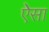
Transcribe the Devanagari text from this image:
ऐेसा